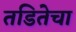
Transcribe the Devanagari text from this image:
तडितेचा